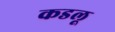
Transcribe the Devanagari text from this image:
कडलू